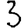
Digit: 3